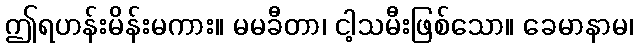
ဤရဟန်းမိန်းမကား။ မမခီတာ၊ ငါ့သမီးဖြစ်သော။ ခေမာနာမ၊